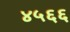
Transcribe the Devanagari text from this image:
४५६६